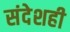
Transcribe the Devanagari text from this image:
संदेशही